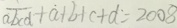
\frac { 1 } { a b c d } + a + b + c + d = 2 0 0 8